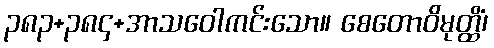
၃၈၃+၃၈၄+အာသဝေါကင်းသော။ စေတောဝိမုတ္ထိံ၊